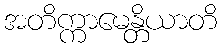
အတိက္ကာမေန္တိယာတိ